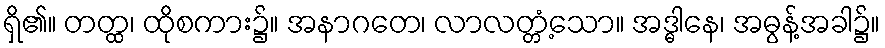
ရှိ၏။ တတ္ထ၊ ထိုစကား၌။ အနာဂတေ၊ လာလတ္တံ့သော။ အဒ္ဓါနေ၊ အဓွန့်အခါ၌။